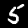
Digit: 5